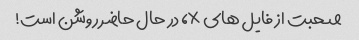
صحبت از فایل های x، در حال حاضر روشن است!